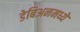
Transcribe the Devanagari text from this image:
डेबिअनमध्ये